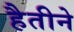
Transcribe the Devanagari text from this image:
हैतीने